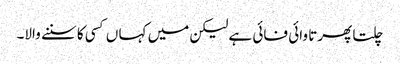
چلتا پھرتا وائی فائی ہے لیکن میں کہا ں کسی کا سننے والا۔